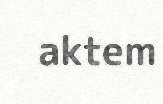
aktem